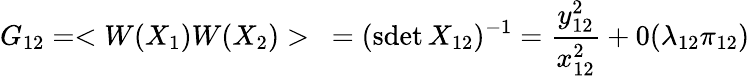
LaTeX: G_{12}=<W(X_{1})W(X_{2})>\ =(\mathrm{sdet}\, X_{12})^{-1}={\frac{y_{12}^{2}}{x_{12}^{2}}}+0(\lambda_{12}\pi_{12})